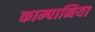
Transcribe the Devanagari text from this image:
काम्पानिया